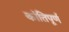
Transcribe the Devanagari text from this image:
कांतिपूर्ण